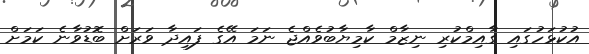
އުކުޅަހުގައި ގާއިމްކުރި ނިޒާމް ކާމިޔާބުވެއްޖެ ނަމަ އޭގެ ފައިދާ ވަރަށް ބޮޑުވާނެ ކަމަށް